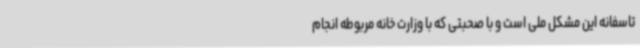
تاسفانه این مشکل ملی است و با صحبتی که با وزارت خانه مربوطه انجام